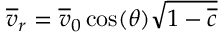
\overline { { v } } _ { r } = \overline { { v } } _ { 0 } \cos ( \theta ) \sqrt { 1 - \overline { { c } } }